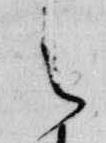
之